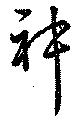
神